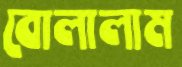
বোলালাম